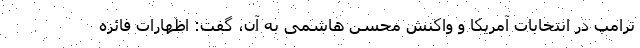
ترامپ در انتخابات آمریکا و واکنش محسن هاشمی به آن، گفت: اظهارات فائزه